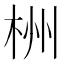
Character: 栦